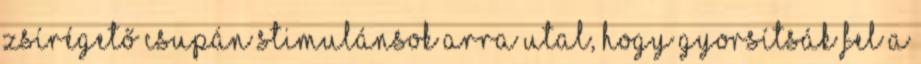
zsírégető csupán stimulánsok arra utal, hogy gyorsítsák fel a